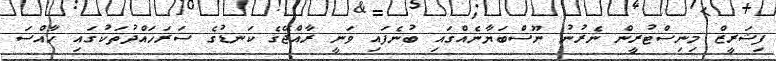
ފިޝަރީޒް މިނިސްޓުރީން ނެރުނު ނޫސްބަޔާނެއްގައި ބުނެފައި ވަނީ ރާއްޖޭގެ ކަނޑުގެ ސަރަހައްދުތަކުގައި ހާއްސަ